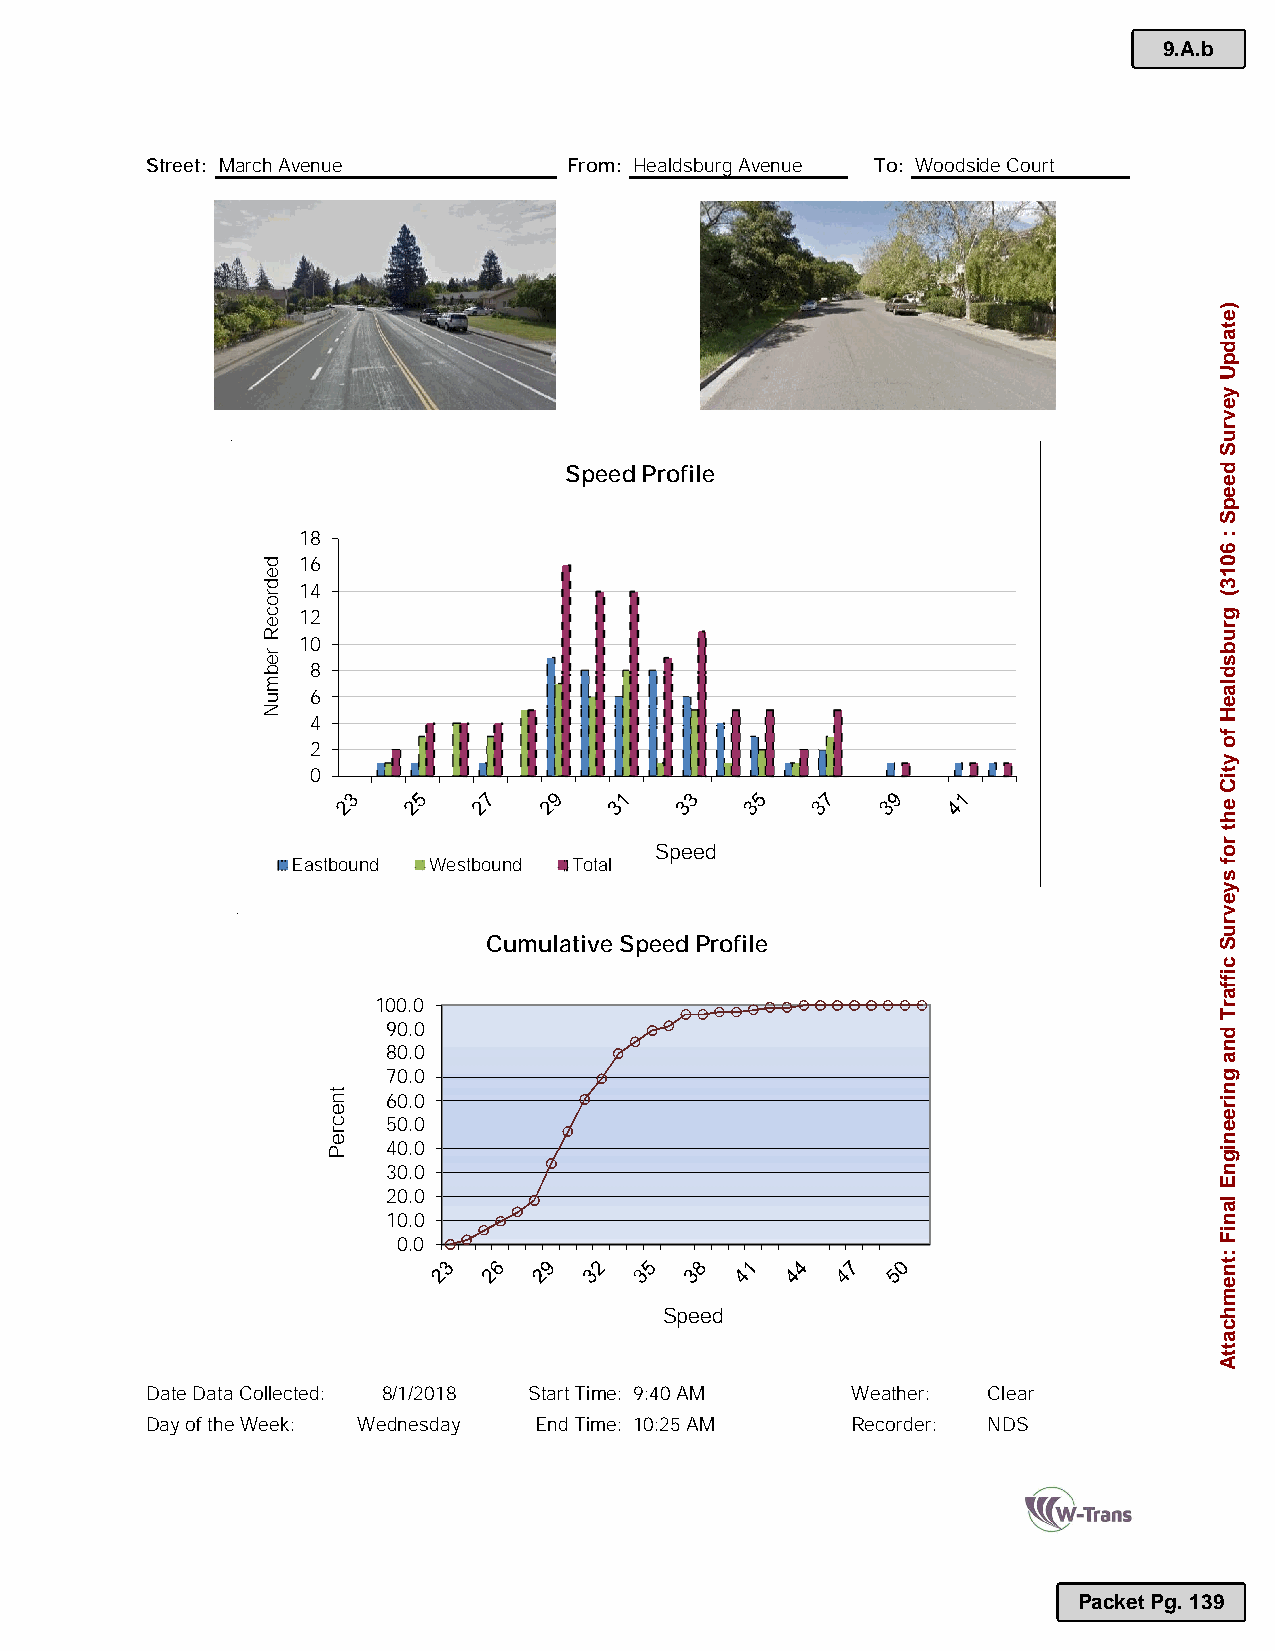
9.A.b
 Street: March Avenue        From: Healdsburg Avenue To: Woodside Court
 PHOTO                            PHOTO
 Speed Profile
 18
 16
 14
 12
 10
 8
 6
 4
 2
 0
 Speed
 Eastbound Westbound Total
 Cumulative Speed Profile
 100.0
 90.0
 80.0
 70.0
 60.0
 50.0
 40.0
 30.0
 20.0
 10.0
 0.0
 Speed
 Date Data Collected: 8/1/2018 Start Time: 9:40 AM Weather: Clear
 Day of the Week: Wednesday End Time: 10:25 AM Recorder: NDS
 Packet Pg. 139
 dedroceR
 rebmuN
 tnecreP
 )etadpU
 yevruS
 deepS
 :
 6013(
 grubsdlaeH
 fo
 ytiC
 eht
 rof
 syevruS
 ciffarT
 dna
 gnireenignE
 laniF
 :tnemhcattA